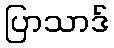
ပြာသာဒ်